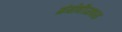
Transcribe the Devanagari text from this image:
गंगोत्रीजवळ